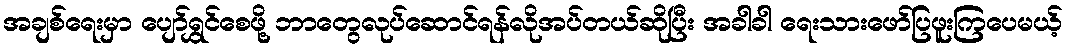
အချစ်ရေးမှာ ပျော်ရွှင်စေဖို့ ဘာတွေလုပ်ဆောင်ရန်လိုအပ်တယ်ဆိုပြီး အခါခါ ရေးသားဖော်ပြဖူးကြပေမယ့်